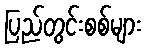
ပြည်တွင်းစစ်များ